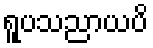
ရူပသညာယပိ